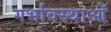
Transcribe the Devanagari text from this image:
गर्भावस्‍थाओं